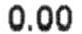
0.00